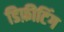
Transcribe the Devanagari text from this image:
डिफ़ीटिंग